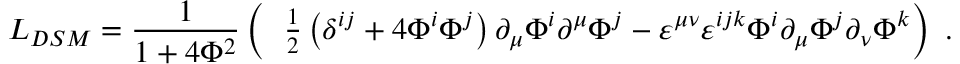
\! \! \! \! { \cal L } _ { D S M } = \frac 1 { 1 + 4 { \Phi } ^ { 2 } } \left( \phantom { \frac I I } \! { \textstyle \frac 1 2 } \left( \delta ^ { i j } + 4 \Phi ^ { i } \Phi ^ { j } \right) \partial _ { \mu } \Phi ^ { i } \partial ^ { \mu } \Phi ^ { j } - \varepsilon ^ { \mu \nu } \varepsilon ^ { i j k } \Phi ^ { i } \partial _ { \mu } \Phi ^ { j } \partial _ { \nu } \Phi ^ { k } \right) ~ .